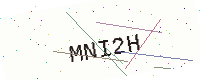
Text: MNI2H